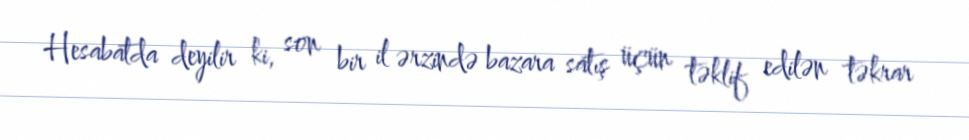
Hesabatda deyilir ki, son bir il ərzində bazara satış üçün təklif edilən təkrar